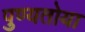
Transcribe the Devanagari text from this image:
पुण्यतोया